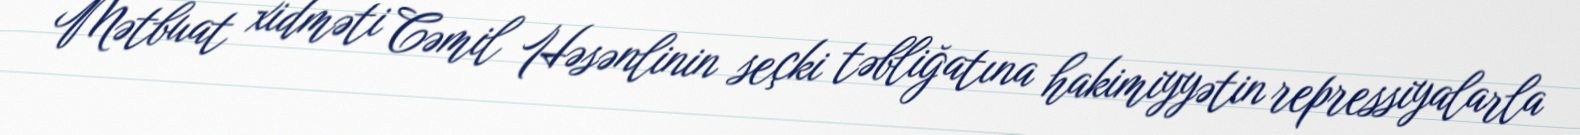
Mətbuat xidməti Cəmil Həsənlinin seçki təbliğatına hakimiyyətin repressiyalarla